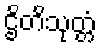
ဌိတိသုတ္တံ